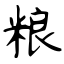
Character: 粮